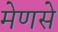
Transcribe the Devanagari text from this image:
मेणसे